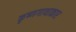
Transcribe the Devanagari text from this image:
कृष्णगाथाकार